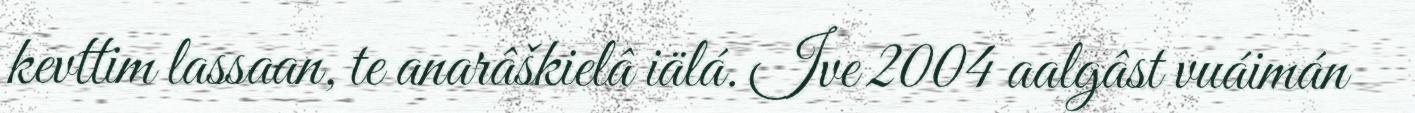
kevttim lassaan, te anarâškielâ iälá. Ive 2004 aalgâst vuáimán